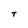
Character: T